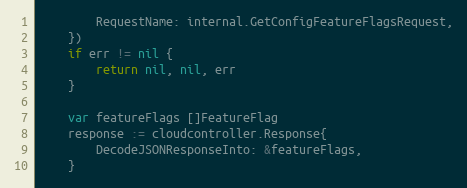
Language: Go
		RequestName: internal.GetConfigFeatureFlagsRequest,
	})
	if err != nil {
		return nil, nil, err
	}

	var featureFlags []FeatureFlag
	response := cloudcontroller.Response{
		DecodeJSONResponseInto: &featureFlags,
	}